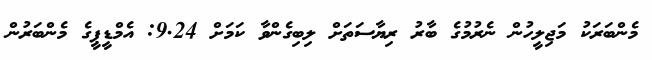
މެންބަރަކު މަޖިލީހުން ނެރުމުގެ ބާރު ރިޔާސަތަށް ލިބިގެންވާ ކަމަށް 9.24: އެމްޑީޕީގެ މެންބަރުން